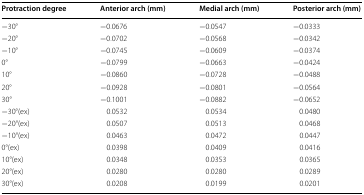
| Protraction degree | Anterior arch (mm) | Medial arch (mm) | Posterior arch (mm) |
 | --- | --- | --- | --- |
 | −30° | −0.0676 | −0.0547 | −0.0333 |
 | −20° | −0.0702 | −0.0568 | −0.0342 |
 | −10° | −0.0745 | −0.0609 | −0.0374 |
 | 0° | −0.0799 | −0.0663 | −0.0424 |
 | 10° | −0.0860 | −0.0728 | −0.0488 |
 | 20° | −0.0928 | −0.0801 | −0.0564 |
 | 30° | −0.1001 | −0.0882 | −0.0652 |
 | −30°(ex) | 0.0532 | 0.0534 | 0.0480 |
 | −20°(ex) | 0.0507 | 0.0513 | 0.0468 |
 | −10°(ex) | 0.0463 | 0.0472 | 0.0447 |
 | 0°(ex) | 0.0398 | 0.0409 | 0.0416 |
 | 10°(ex) | 0.0348 | 0.0353 | 0.0365 |
 | 20°(ex) | 0.0280 | 0.0280 | 0.0289 |
 | 30°(ex) | 0.0208 | 0.0199 | 0.0201 |